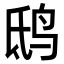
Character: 鸱